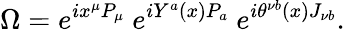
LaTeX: \Omega=e^{ix^{\mu}P_{\mu}}\ e^{iY^{a}(x)P_{a}}\ e^{i\theta^{\nu b}(x)J_{\nu b}}.